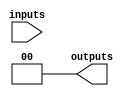
module fused_pal (
    input wire [N-1:0] inputs,      // N input signals
    output wire [M-1:0] outputs      // M output signals
);

// Parameter definitions
parameter N = 4;                   // Number of inputs
parameter M = 2;                   // Number of outputs
parameter P = 3;                   // Number of product terms

// Internal signals for product terms
wire [P-1:0] product_terms;

// AND array (programmable)
generate
    genvar i, j;
    for (i = 0; i < P; i = i + 1) begin : and_array
        wire [N-1:0] and_inputs; // Inputs for each product term

        // Example fusing logic (this should be customized based on fusing)
        assign and_inputs = (i == 0) ? {inputs[0], inputs[1], 1'b0, 1'b0} : // Product term 1
                            (i == 1) ? {inputs[1], inputs[2], inputs[3], 1'b0} : // Product term 2
                            (i == 2) ? {inputs[0], inputs[3], 1'b0, 1'b0} : // Product term 3
                            {1'b0, 1'b0, 1'b0, 1'b0}; // Default case

        // Generate product term
        assign product_terms[i] = &and_inputs; // AND operation
    end
endgenerate

// OR array (fixed)
assign outputs[0] = product_terms[0] | product_terms[1]; // Output 1
assign outputs[1] = product_terms[1] | product_terms[2]; // Output 2

endmodule